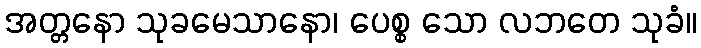
အတ္တနော သုခမေသာနော၊ ပေစ္စ သော လဘတေ သုခံ။